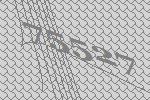
75527